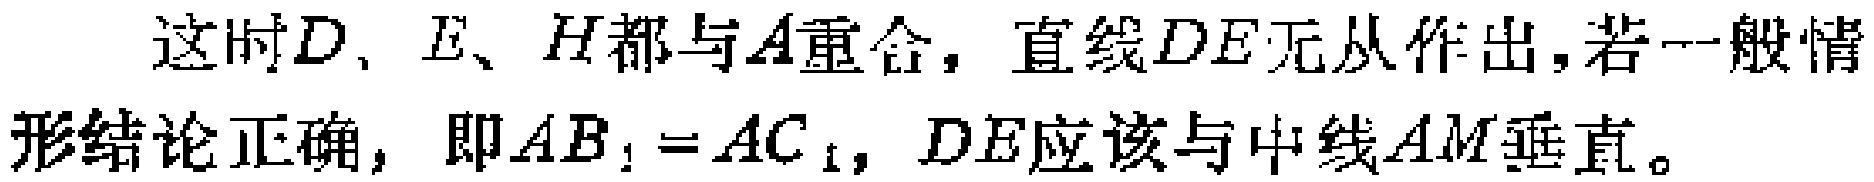
这时\(D\)、\(E\)、\(H\)都与\(A\)重合，直线\(DE\)无从作出，若一般情形结论正确，即\(AB_{1}=AC_{1}\)，\(DE\)应该与中线\(AM\)垂直。